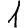
Digit: 1